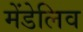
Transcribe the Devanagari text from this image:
मेंडेलिव